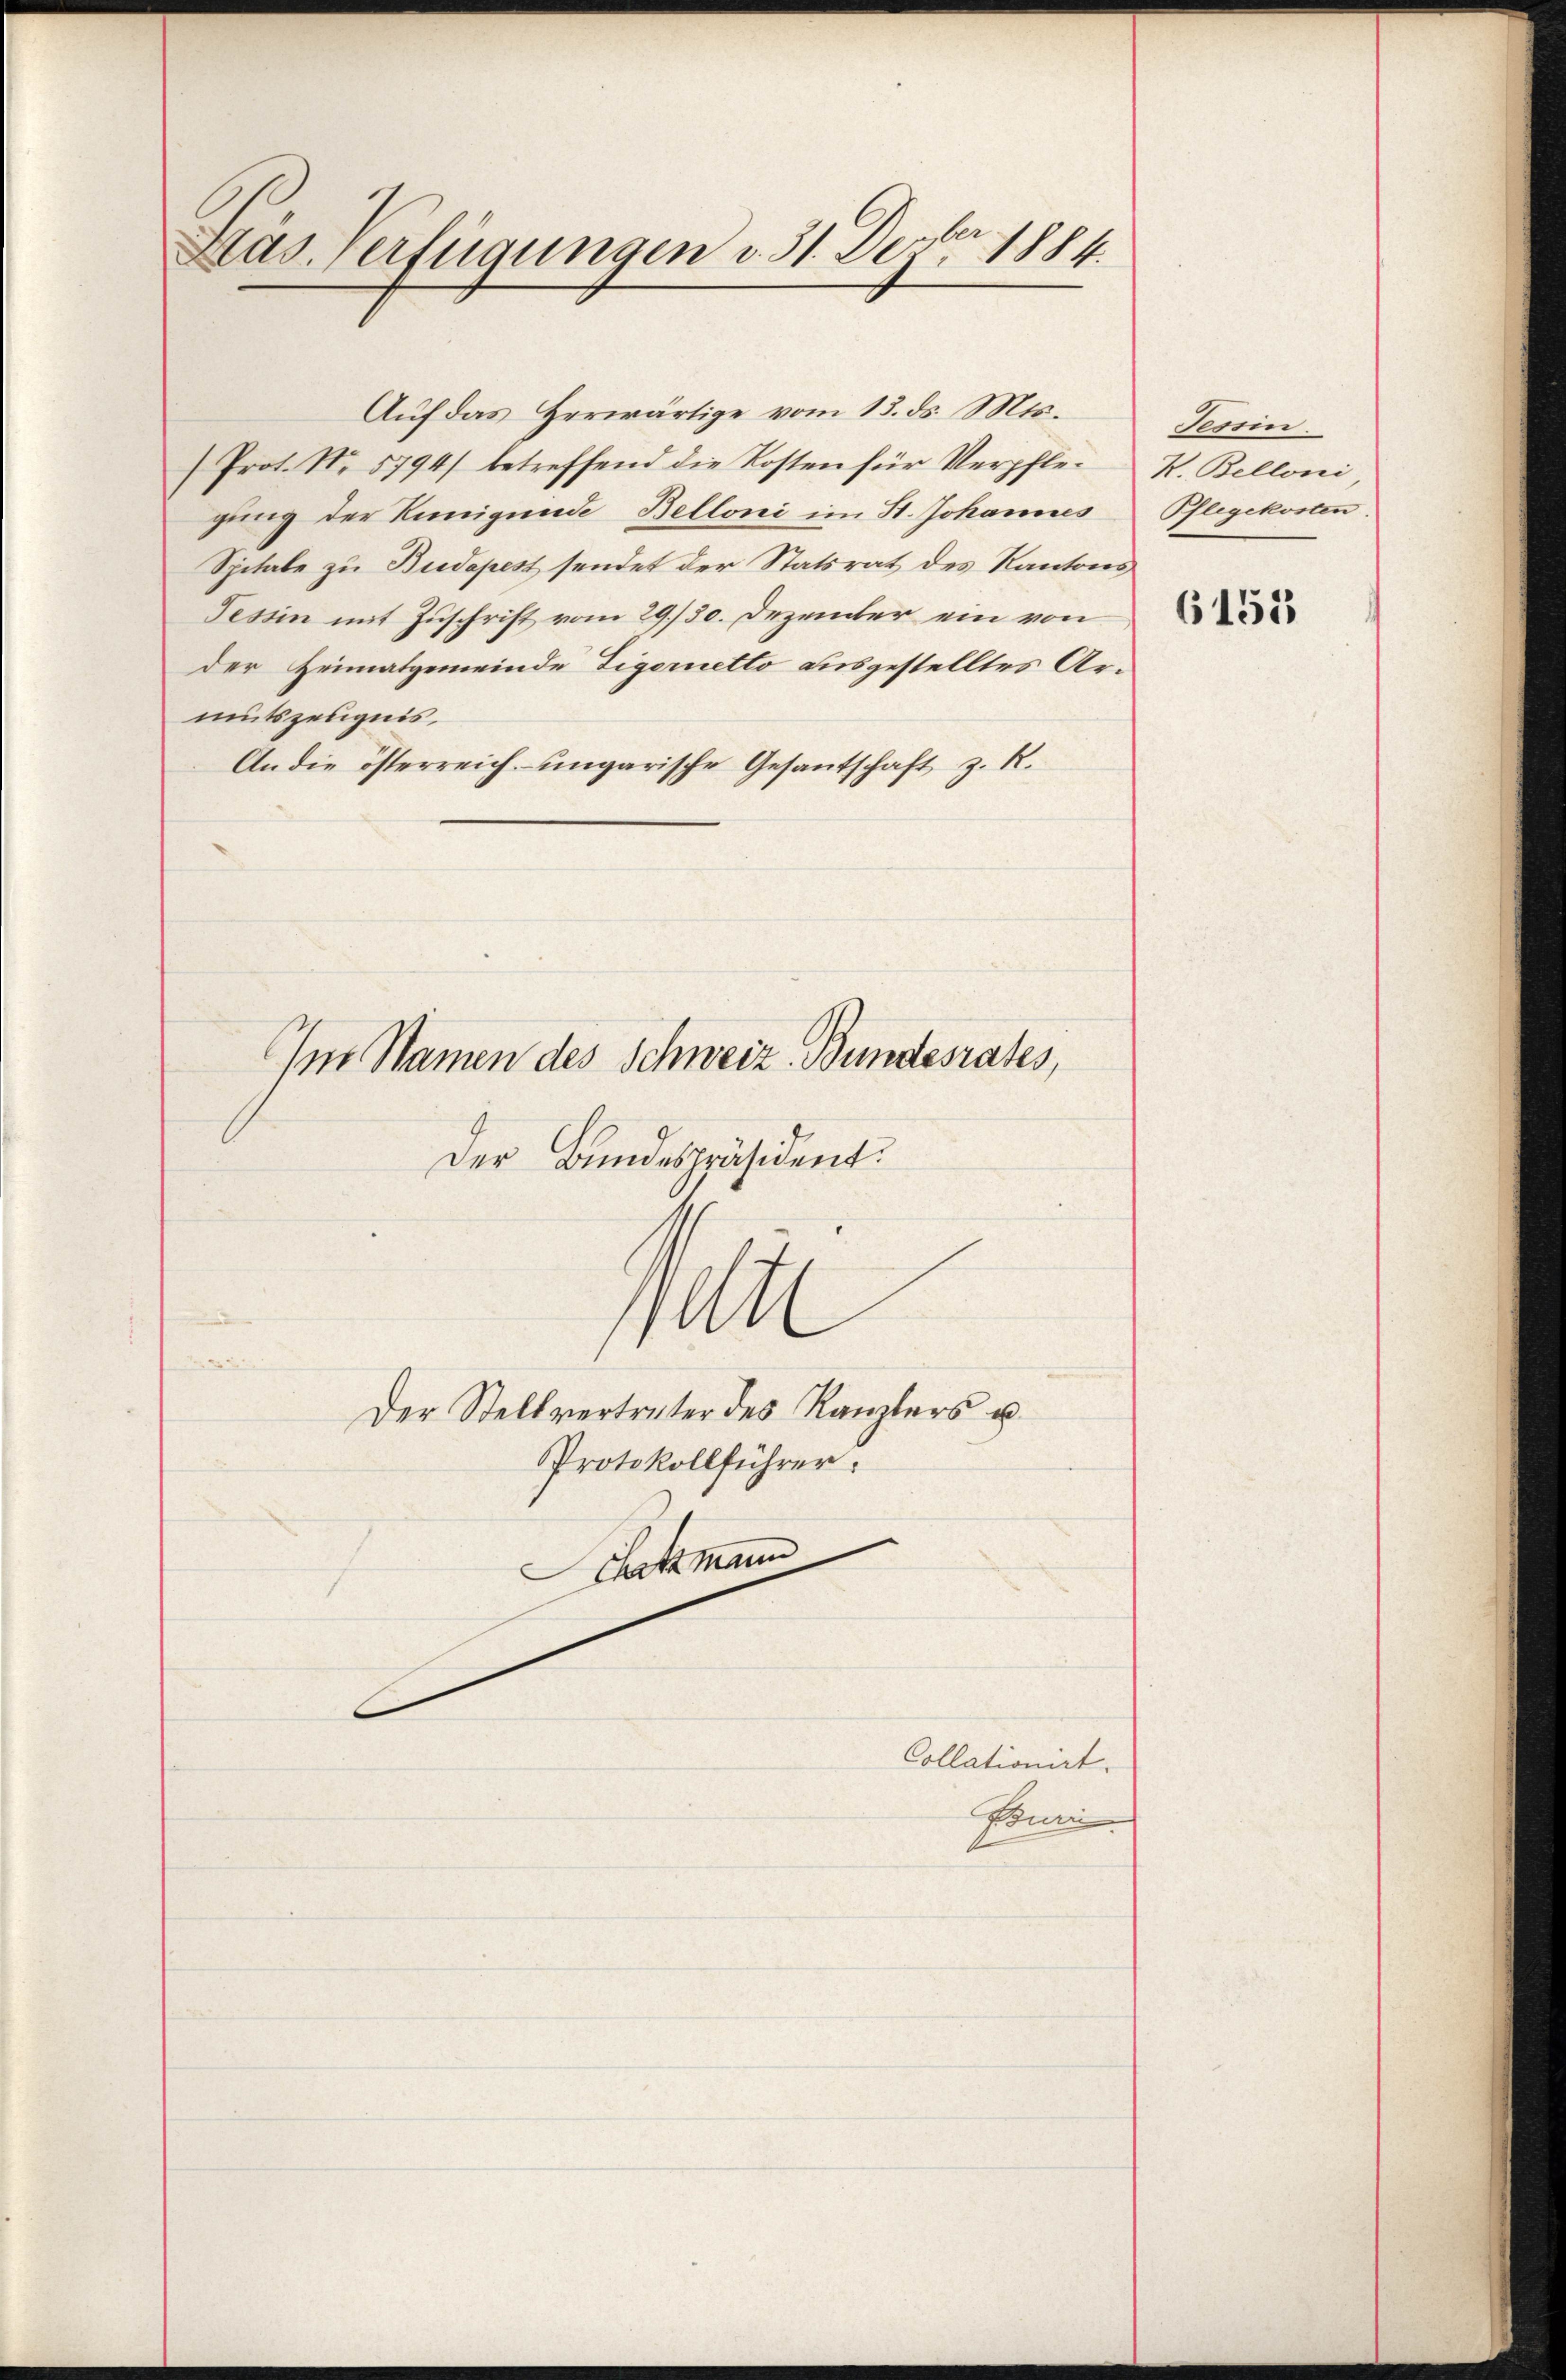
Hus. Verfügungen v. 31. Dez. 1884.

Auf das Herwärtige vom 13. ds. Mts.
(Prot. No 5794) betreffend die Kosten für Verpflegung der Kunigende Belloni im St. Johannes
Spitale zu Budapest sendet der Statsrat des Kantons
Tessin mit Zuschrift vom 29./30. Dezember ein von
der Heimatgemeinde Tigernetto ausgestelltes Armutszeugnis,
An die österreich ungarische Gesantschaft z. R.
Im Namen des Schweiz. Bundesrates,
Der Bundespräsident.
1
Der Stellvertreter des Kanzlers u.
Protokollführer.
Schatzmann

Collationirt.
Ponn

Tessin.
K. Belloni
Pflegekosten.
6151